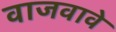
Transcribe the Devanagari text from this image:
वाजवावे